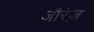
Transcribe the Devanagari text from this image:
जौरेज़